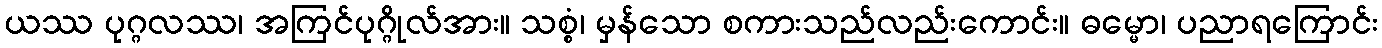
ယဿ ပုဂ္ဂလဿ၊ အကြင်ပုဂ္ဂိုလ်အား။ သစ္စံ၊ မှန်သော စကားသည်လည်းကောင်း။ ဓမ္မော၊ ပညာရကြောင်း